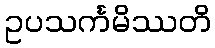
ဥပသင်္ကမိဿတိ